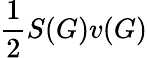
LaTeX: \frac{1}{2}S(G)v(G)